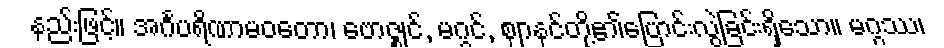
နည်းဖြင့်။ အင်္ဂပရိဏာမဝတော၊ ဗောဇ္ဈင်, မဂ္ဂင်, ဈာနင်တို့၏ပြောင်းလွဲခြင်းရှိသော။ မဂ္ဂဿ၊